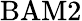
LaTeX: \mathrm{BAM2}